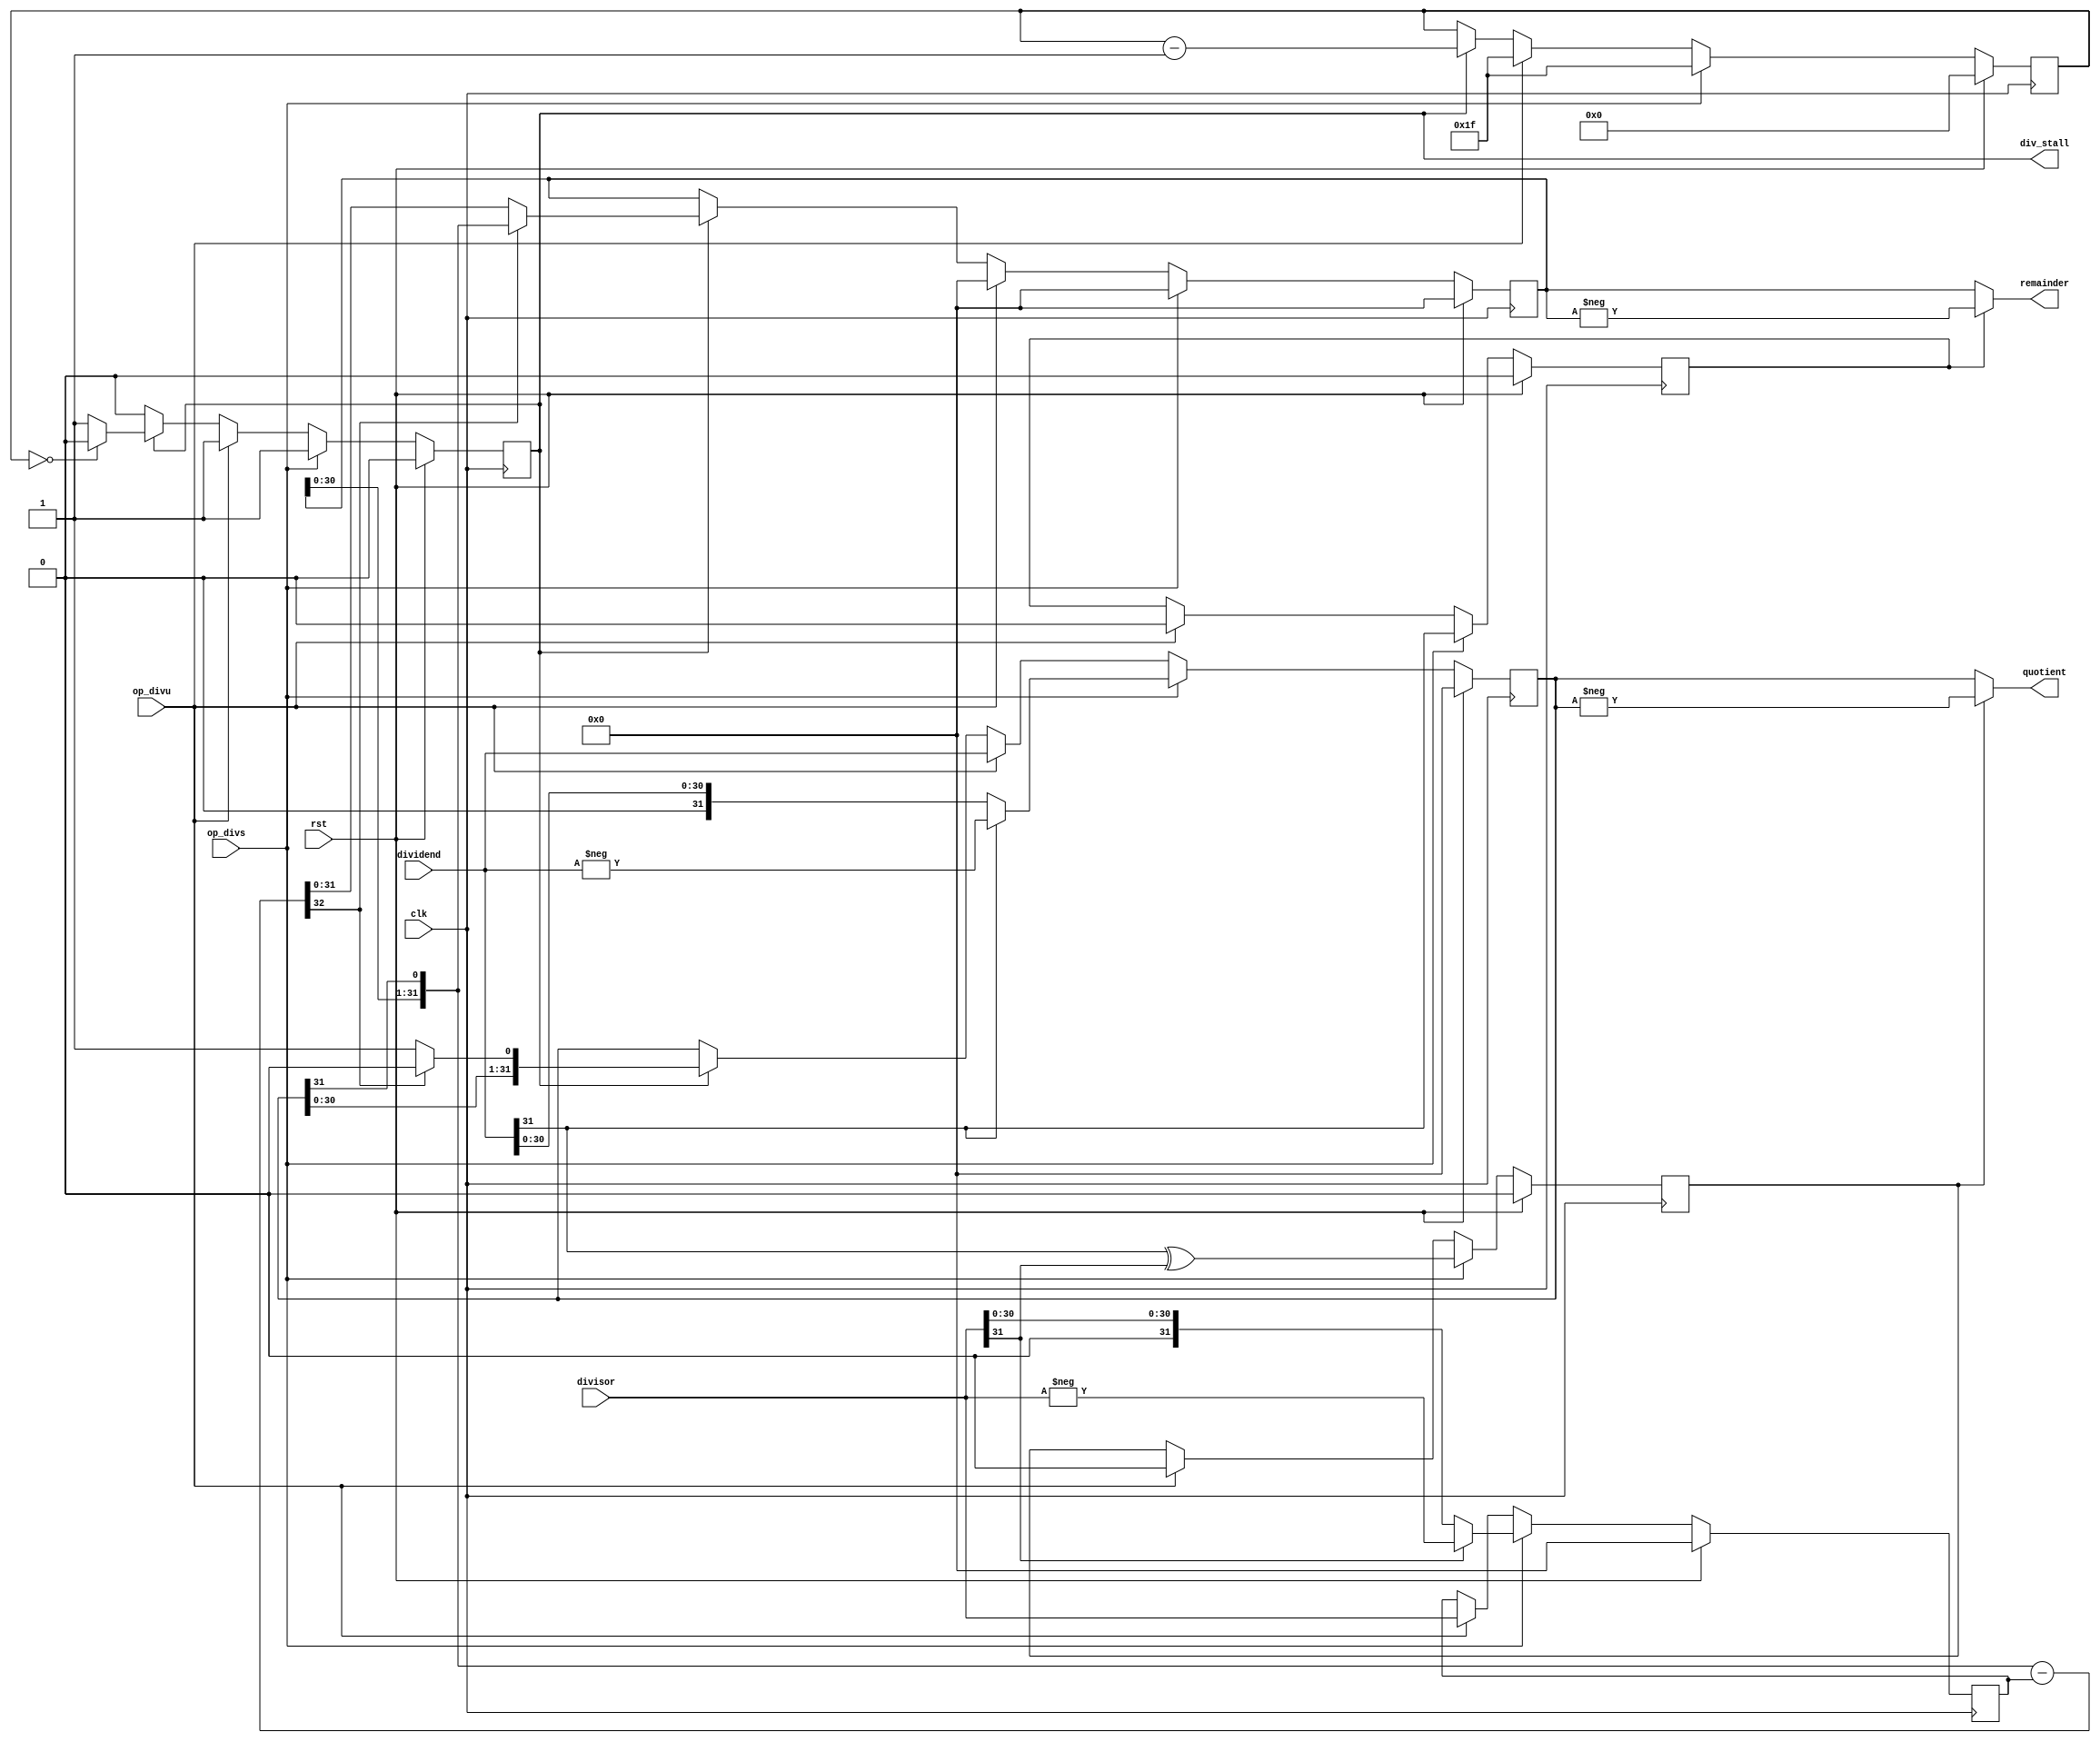
module antares_divider (
                        input         clk,
                        input         rst,
                        input         op_divs,
                        input         op_divu,
                        input [31:0]  dividend,
                        input [31:0]  divisor,
                        output [31:0] quotient,
                        output [31:0] remainder,
                        output        div_stall
                        );
    reg           active;          
    reg           neg_result;      
    reg           neg_remainder;   
    reg [4:0]     cycle;           
    reg [31:0]    result;          
    reg [31:0]    denominator;     
    reg [31:0]    residual;        
    wire [32:0]   partial_sub;        
    assign quotient    = !neg_result ? result : -result;
    assign remainder   = !neg_remainder ? residual : -residual;
    assign div_stall   = active;
    assign partial_sub = {residual[30:0], result[31]} - denominator;            
    always @(posedge clk) begin
        if (rst) begin
            active <= 1'h0;
            cycle <= 5'h0;
            denominator <= 32'h0;
            neg_result <= 1'h0;
            neg_remainder <= 1'h0;
            residual <= 32'h0;
            result <= 32'h0;
        end
        else begin
            if(op_divs) begin
                cycle         <= 5'd31;
                result        <= (dividend[31] == 1'b0) ? dividend : -dividend;
                denominator   <= (divisor[31] == 1'b0) ? divisor : -divisor;
                residual      <= 32'b0;
                neg_result    <= dividend[31] ^ divisor[31];
                neg_remainder <= dividend[31];
                active        <= 1'b1;
            end
            else if (op_divu) begin
                cycle         <= 5'd31;
                result        <= dividend;
                denominator   <= divisor;
                residual      <= 32'b0;
                neg_result    <= 1'b0;
                neg_remainder <= 1'h0;
                active        <= 1'b1;
            end
            else if (active) begin
                if(partial_sub[32] == 1'b0) begin
                    residual <= partial_sub[31:0];
                    result   <= {result[30:0], 1'b1};
                end
                else begin
                    residual <= {residual[30:0], result[31]};
                    result   <= {result[30:0], 1'b0};
                end
                if (cycle == 5'b0) begin
                    active <= 1'b0;
                end
                cycle <= cycle - 5'd1;
            end
        end
    end
endmodule